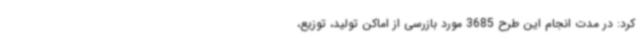
کرد: در مدت انجام این طرح 3685 مورد بازرسی از اماکن تولید، توزیع،